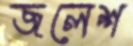
জলেশ